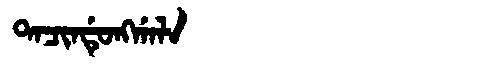
Manchu: ᡨᠠᠴᡳᠨᡩᡠᠩᡤᠠᠯᠠ
Romanization: TACINDUNGGALA